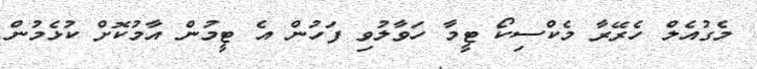
މެގުއެލް ހެރޭރާ މެކްސިކޯ ޓީމާ ހަވާލުވި ފަހުން އެ ޓީމުން އާމުކޮށް ކުޅެމުން